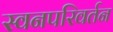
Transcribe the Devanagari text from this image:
स्वनपरिवर्तन